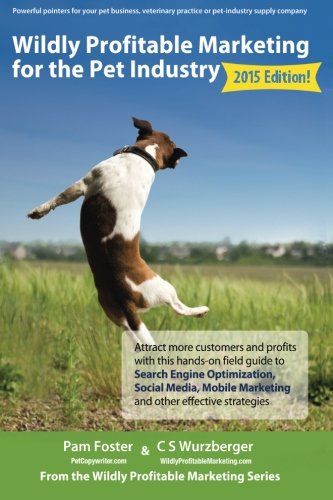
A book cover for Wildly Profitable Marketing for the Pet Industry: Attract more customers and profits with this hands-on field guide to search engine optimization, ... and other effective strategies. (Volume 1); Pam Foster; Computers & Technology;